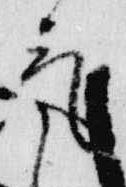
気